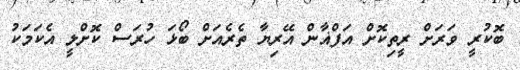
ބޮކުރީ ވަރަށް ރީތިކޮށް އަފްޣާން އޭރިޔާ ތެރެއަށް ބޯޅަ ހުރަސް ކޮށްލީ އެކަމަކު